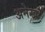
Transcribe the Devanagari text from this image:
अनेख